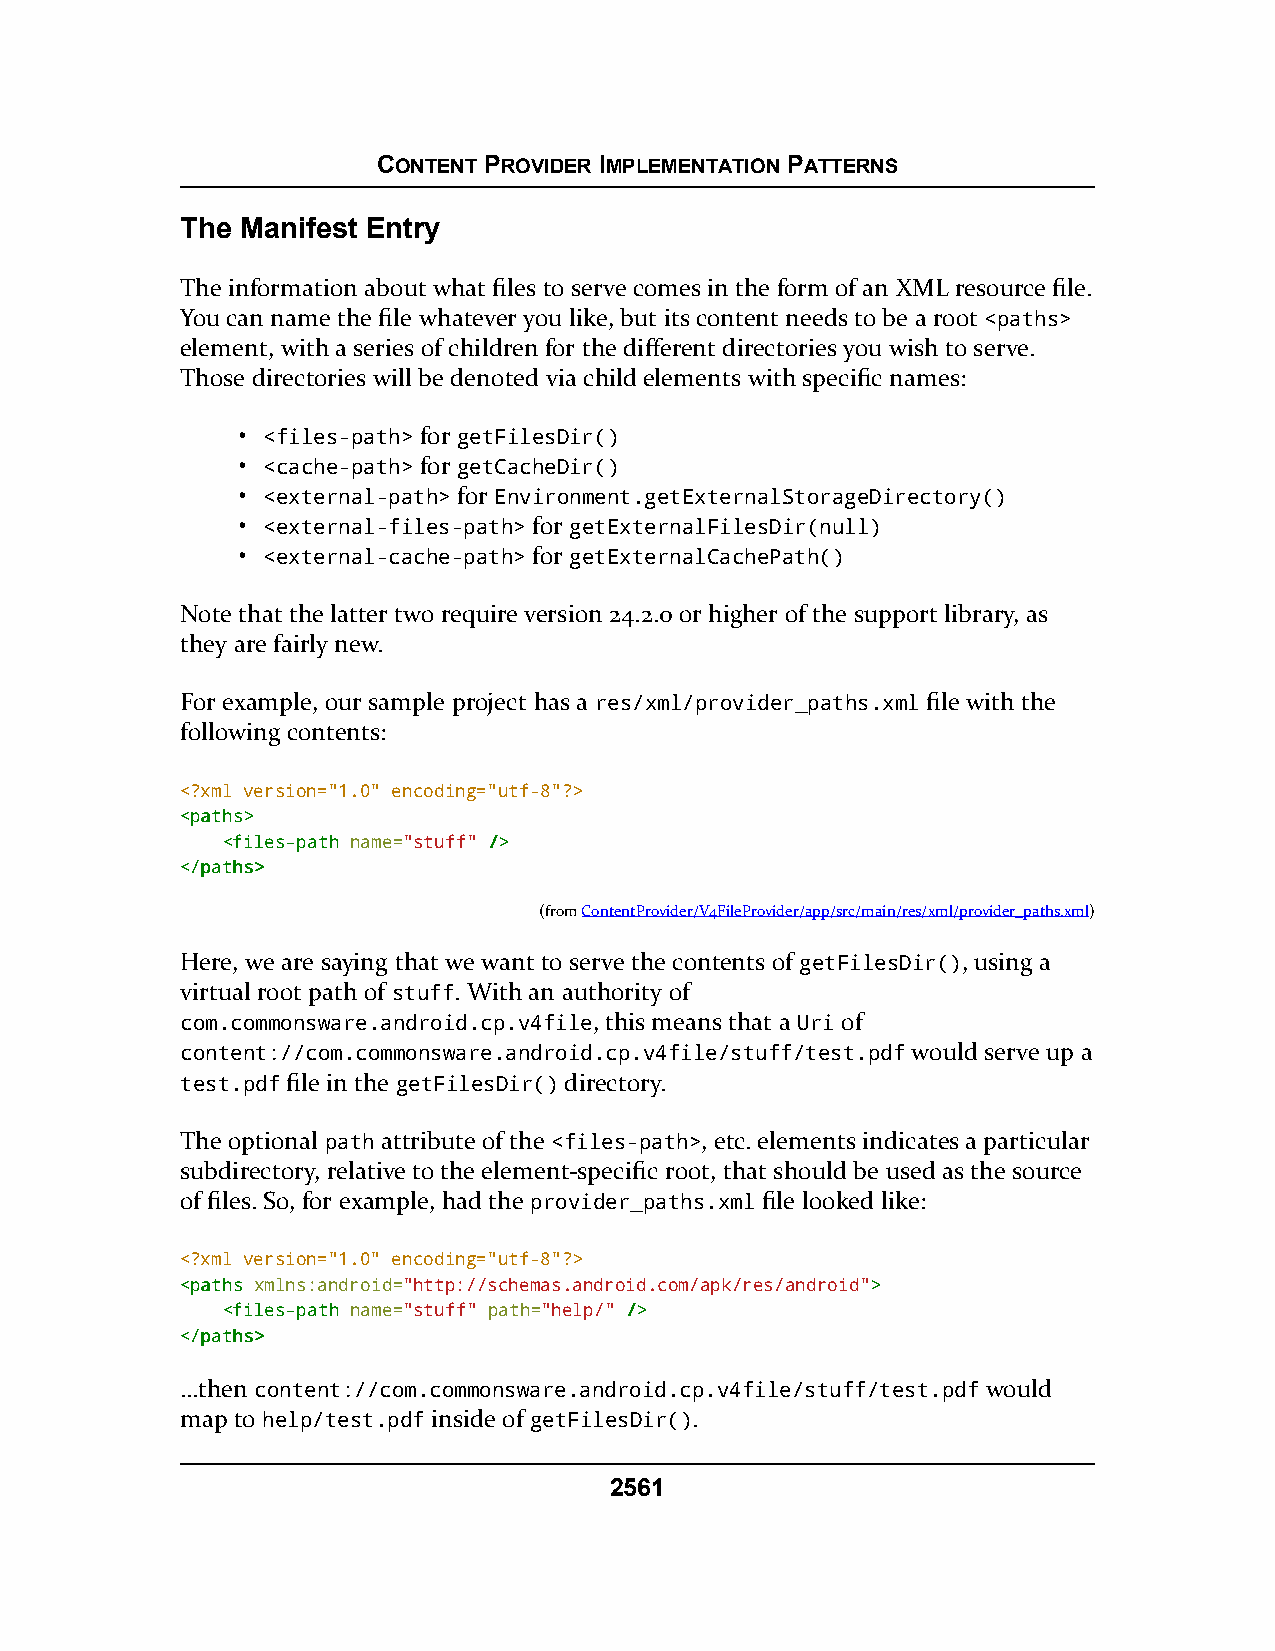
CONTENT PROVIDER IMPLEMENTATION PATTERNS
 The Manifest Entry
 The information about what files to serve comes in the form of an XML resource file.
 You can name the file whatever you like, but its content needs to be a root <paths>
 element, with a series of children for the different directories you wish to serve.
 Those directories will be denoted via child elements with specific names:
 • <files-path> for getFilesDir()
 • <cache-path> for getCacheDir()
 • <external-path> for Environment.getExternalStorageDirectory()
 • <external-files-path> for getExternalFilesDir(null)
 • <external-cache-path> for getExternalCachePath()
 Note that the latter two require version 24.2.0 or higher of the support library, as
 they are fairly new.
 For example, our sample project has a res/xml/provider_paths.xml file with the
 following contents:
 <?xml version="1.0" encoding="utf-8"?>
 <<ppaatthhss>>
 <<ffiilleess--ppaatthh name="stuff" //>>
 <<//ppaatthhss>>
 (fromContentProvider/V4FileProvider/app/src/main/res/xml/provider_paths.xml)
 Here, we are saying that we want to serve the contents of getFilesDir(), using a
 virtual root path of stuff. With an authority of
 com.commonsware.android.cp.v4file, this means that a Uri of
 content://com.commonsware.android.cp.v4file/stuff/test.pdf would serve up a
 test.pdf file in the getFilesDir() directory.
 The optional path attribute of the <files-path>, etc. elements indicates a particular
 subdirectory, relative to the element-specific root, that should be used as the source
 of files. So, for example, had the provider_paths.xml file looked like:
 <?xml version="1.0" encoding="utf-8"?>
 <<ppaatthhss xmlns:android="http://schemas.android.com/apk/res/android">>
 <<ffiilleess--ppaatthh name="stuff" path="help/" //>>
 <<//ppaatthhss>>
 …then content://com.commonsware.android.cp.v4file/stuff/test.pdf would
 map to help/test.pdf inside of getFilesDir().
 2561